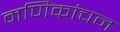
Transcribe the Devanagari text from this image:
मणिकांचन